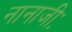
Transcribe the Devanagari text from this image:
नानाजीः